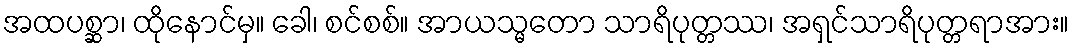
အထပစ္ဆာ၊ ထိုနောင်မှ။ ခေါ၊ စင်စစ်။ အာယသ္မတော သာရိပုတ္တဿ၊ အရှင်သာရိပုတ္တရာအား။